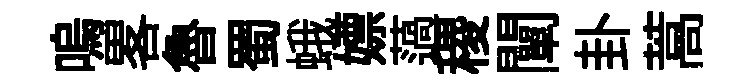
嗚畧魯蜀蛾嫖薖稷闡卦蒿